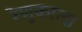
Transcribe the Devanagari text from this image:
रेणुकाला